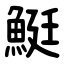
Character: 䱓